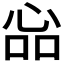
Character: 𢙈